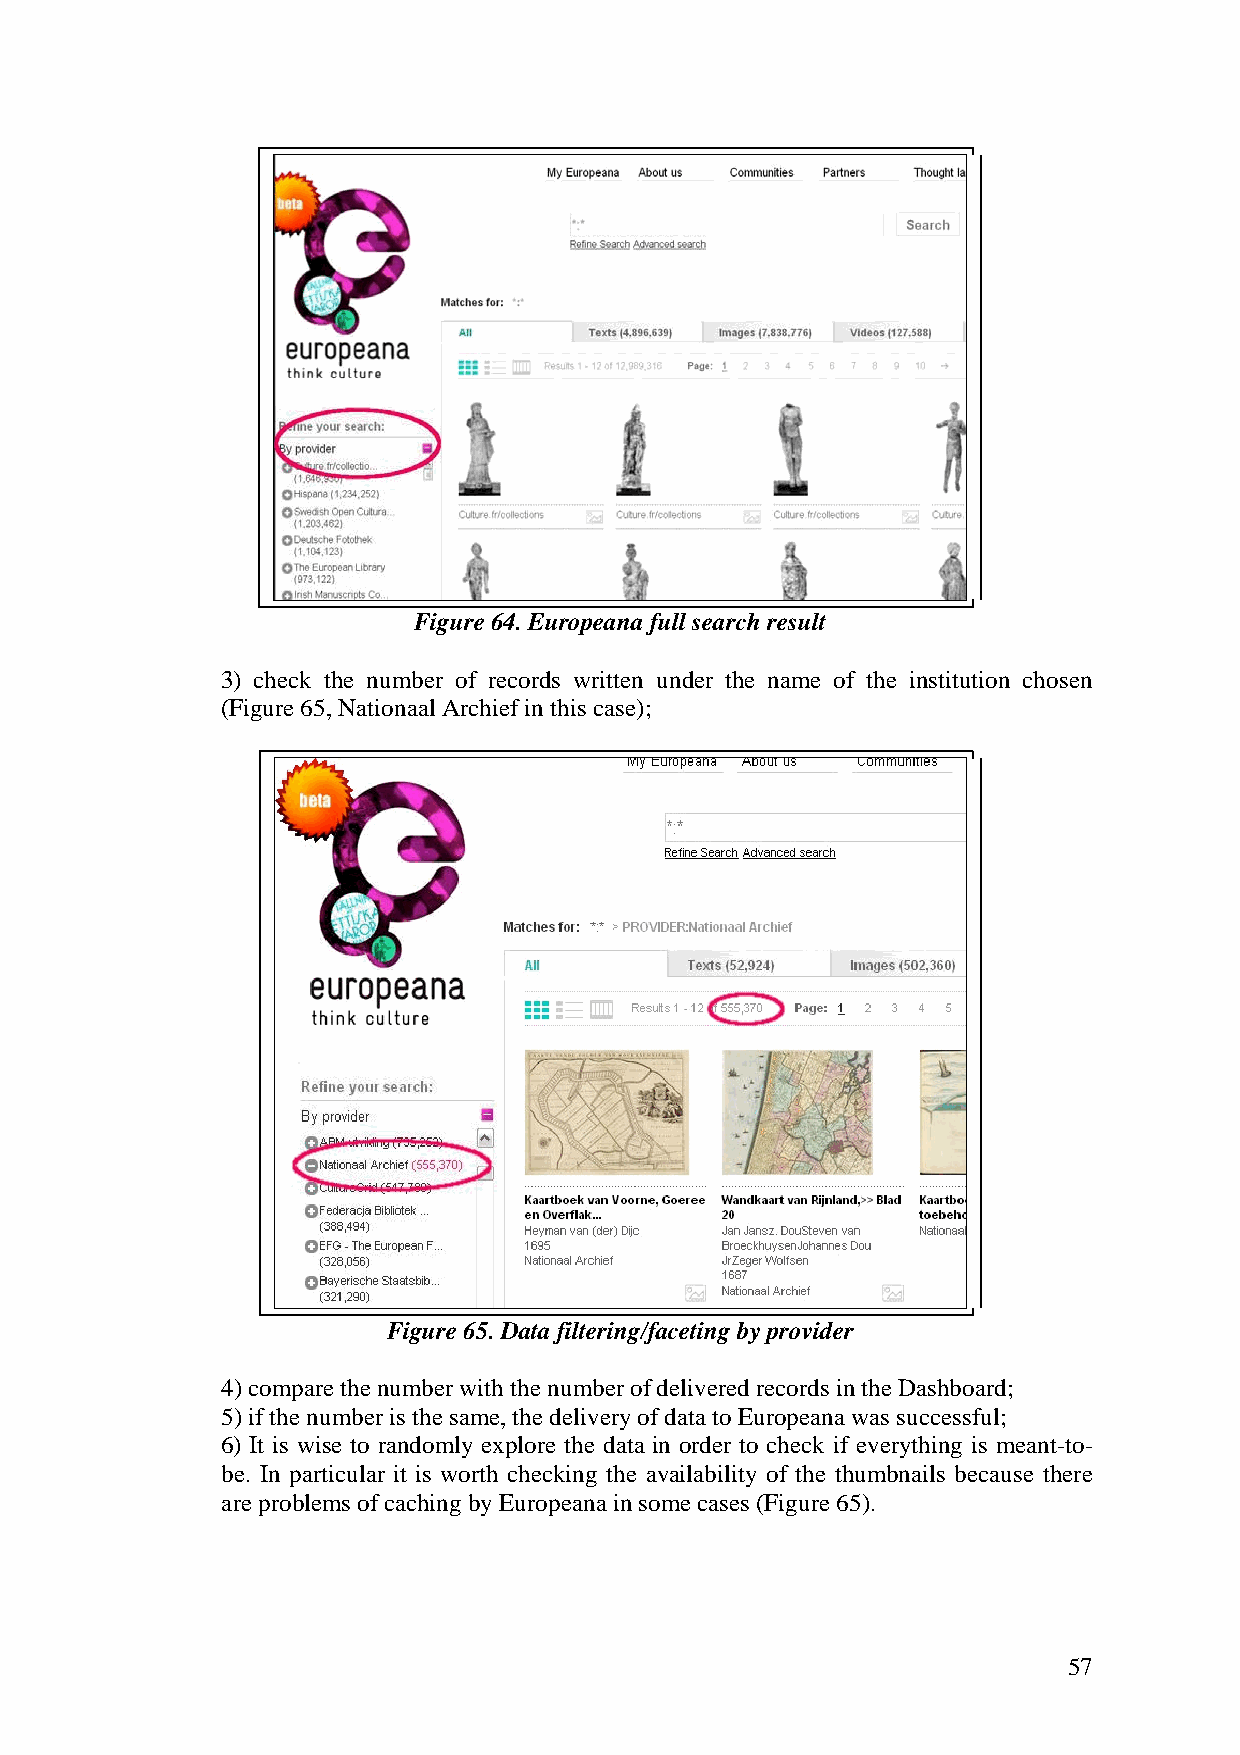
Figure 64. Europeana full search result
 3) check the number of records written under the name of the institution chosen
 (Figure 65, Nationaal Archief in this case);
 Figure 65. Data filtering/faceting by provider
 4) compare the number with the number of delivered records in the Dashboard;
 5) if the number is the same, the delivery of data to Europeana was successful;
 6) It is wise to randomly explore the data in order to check if everything is meant-to-
 be. In particular it is worth checking the availability of the thumbnails because there
 are problems of caching by Europeana in some cases (Figure 65).
 57